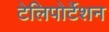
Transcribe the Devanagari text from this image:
टेलिपोर्टेशन